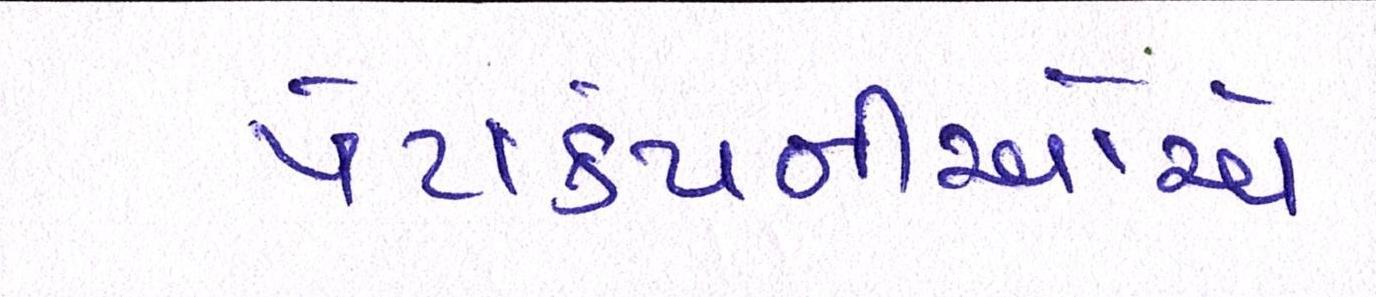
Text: પેટાકંપનીઓએ